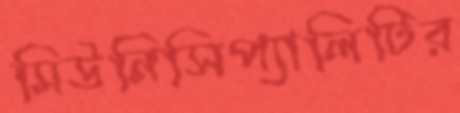
মিউনিসিপ্যালিটির